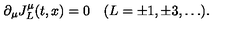
\partial _ { \mu } J _ { L } ^ { \mu } ( t , x ) = 0 \quad ( L = \pm 1 , \pm 3 , \dots ) .